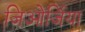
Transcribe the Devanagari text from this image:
जिओर्जिया